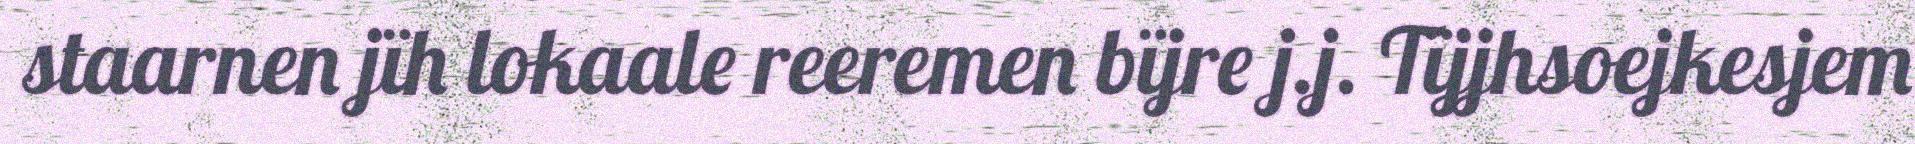
staarnen jïh lokaale reeremen bïjre j.j. Tïjjhsoejkesjem